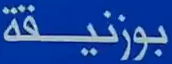
بوزنيقة